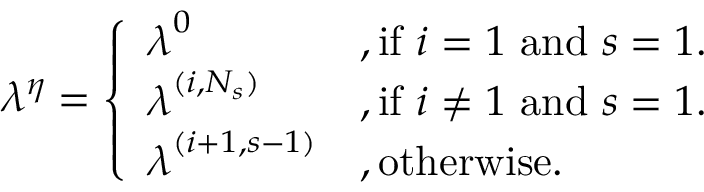
\begin{array} { r } { \boldsymbol { \lambda ^ { \eta } } = \left\{ \begin{array} { l l } { \boldsymbol { \lambda } ^ { 0 } } & { , \mathrm { i f ~ } i = 1 \mathrm { ~ a n d ~ } s = 1 . } \\ { \boldsymbol { \lambda } ^ { ( i , N _ { s } ) } } & { , \mathrm { i f ~ } i \neq 1 \mathrm { ~ a n d ~ } s = 1 . } \\ { \boldsymbol { \lambda } ^ { ( i + 1 , s - 1 ) } } & { , \mathrm { o t h e r w i s e . } } \end{array} \right. } \end{array}